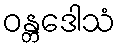
ဝန္တဒေါသံ